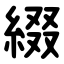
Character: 綴